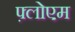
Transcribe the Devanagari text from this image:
फ़्लोएम